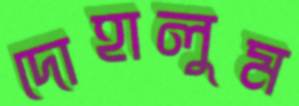
দোহালুম